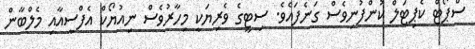
ސްޕޯޓް ކެޕިޓަލް ކުންފުނިވެސް ގަނެފައެވެ. ސިޓީގެ ވެރިޔަކީ މިހާރުވެސް ނިއުޔޯކް އެފްސީއާއި މެލްބާން